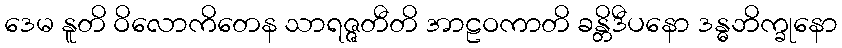
ဒေမ နူတိ ဝိလောကိတေန သာရဇ္ဇတီတိ အာဠဝကာတိ ခန္တိဒီပနော ဒန္ဓဘိက္ခုနော